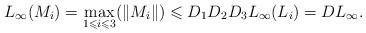
LaTeX: \begin{align*}L_\infty(M_i)=\max_{1\leqslant i\leqslant 3}(\|M_i\|)\leqslant D_1D_2D_3 L_\infty(L_i)=DL_\infty.\end{align*}